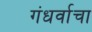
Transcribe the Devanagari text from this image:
गंधर्वाचा